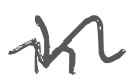
Text: in
Cross-out: wave
Writing tool: digital_gray